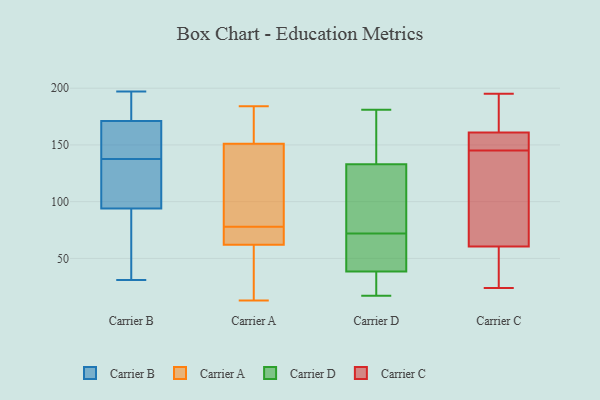
{"axis": {"x": "Gross Profit (USD K)", "y": "Value"}, "legend": ["Carrier A", "Carrier B", "Carrier C", "Carrier D"], "data": [{"x": "", "y": 76, "type": "Carrier B"}, {"x": "", "y": 110, "type": "Carrier B"}, {"x": "", "y": 171, "type": "Carrier B"}, {"x": "", "y": 152, "type": "Carrier B"}, {"x": "", "y": 128, "type": "Carrier B"}, {"x": "", "y": 137, "type": "Carrier B"}, {"x": "", "y": 179, "type": "Carrier B"}, {"x": "", "y": 31, "type": "Carrier B"}, {"x": "", "y": 138, "type": "Carrier B"}, {"x": "", "y": 31, "type": "Carrier B"}, {"x": "", "y": 63, "type": "Carrier B"}, {"x": "", "y": 132, "type": "Carrier B"}, {"x": "", "y": 156, "type": "Carrier B"}, {"x": "", "y": 171, "type": "Carrier B"}, {"x": "", "y": 197, "type": "Carrier B"}, {"x": "", "y": 184, "type": "Carrier B"}, {"x": "", "y": 141, "type": "Carrier B"}, {"x": "", "y": 94, "type": "Carrier B"}, {"x": "", "y": 70, "type": "Carrier A"}, {"x": "", "y": 155, "type": "Carrier A"}, {"x": "", "y": 66, "type": "Carrier A"}, {"x": "", "y": 94, "type": "Carrier A"}, {"x": "", "y": 49, "type": "Carrier A"}, {"x": "", "y": 79, "type": "Carrier A"}, {"x": "", "y": 39, "type": "Carrier A"}, {"x": "", "y": 183, "type": "Carrier A"}, {"x": "", "y": 71, "type": "Carrier A"}, {"x": "", "y": 123, "type": "Carrier A"}, {"x": "", "y": 77, "type": "Carrier A"}, {"x": "", "y": 184, "type": "Carrier A"}, {"x": "", "y": 62, "type": "Carrier A"}, {"x": "", "y": 122, "type": "Carrier A"}, {"x": "", "y": 33, "type": "Carrier A"}, {"x": "", "y": 151, "type": "Carrier A"}, {"x": "", "y": 163, "type": "Carrier A"}, {"x": "", "y": 13, "type": "Carrier A"}, {"x": "", "y": 45, "type": "Carrier D"}, {"x": "", "y": 17, "type": "Carrier D"}, {"x": "", "y": 135, "type": "Carrier D"}, {"x": "", "y": 181, "type": "Carrier D"}, {"x": "", "y": 142, "type": "Carrier D"}, {"x": "", "y": 32, "type": "Carrier D"}, {"x": "", "y": 20, "type": "Carrier D"}, {"x": "", "y": 80, "type": "Carrier D"}, {"x": "", "y": 56, "type": "Carrier D"}, {"x": "", "y": 113, "type": "Carrier D"}, {"x": "", "y": 131, "type": "Carrier D"}, {"x": "", "y": 64, "type": "Carrier D"}, {"x": "", "y": 53, "type": "Carrier C"}, {"x": "", "y": 152, "type": "Carrier C"}, {"x": "", "y": 24, "type": "Carrier C"}, {"x": "", "y": 161, "type": "Carrier C"}, {"x": "", "y": 180, "type": "Carrier C"}, {"x": "", "y": 195, "type": "Carrier C"}, {"x": "", "y": 152, "type": "Carrier C"}, {"x": "", "y": 194, "type": "Carrier C"}, {"x": "", "y": 51, "type": "Carrier C"}, {"x": "", "y": 38, "type": "Carrier C"}, {"x": "", "y": 104, "type": "Carrier C"}, {"x": "", "y": 68, "type": "Carrier C"}, {"x": "", "y": 147, "type": "Carrier C"}, {"x": "", "y": 161, "type": "Carrier C"}, {"x": "", "y": 133, "type": "Carrier C"}, {"x": "", "y": 143, "type": "Carrier C"}]}